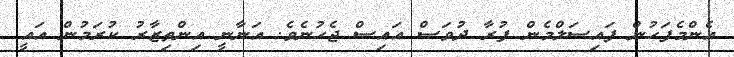
އެންމެފަހުން ފައިސަލްމެން ފުރާ ދުވަސް އައިސް ޖެހުނެވެ. އަނާނީ އިންތިޒާރު ކުރަމުން އައީ